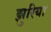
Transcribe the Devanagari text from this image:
झुरिया